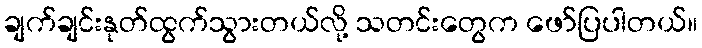
ချက်ချင်းနုတ်ထွက်သွားတယ်လို့ သတင်းတွေက ဖော်ပြပါတယ်။